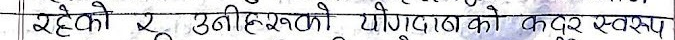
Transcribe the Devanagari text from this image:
रहेको २ उनीहरूको योगदानको कदर स्वरुप